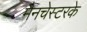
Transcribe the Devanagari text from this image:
मैनचेस्टरके